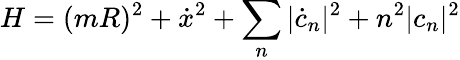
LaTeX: H=(mR)^{2}+{\dot{x}}^{2}+\sum_{n}|{\dot{c}}_{n}|^{2}+n^{2}|c_{n}|^{2}